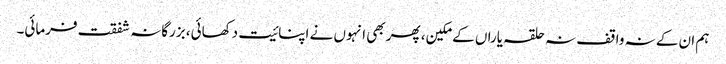
ہم ان کے نہ واقف نہ حلقہ یاراں کے مکین، پھر بھی انہوں نے اپنائیت دکھائی، بزرگانہ شفقت فرمائی۔